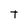
Character: T